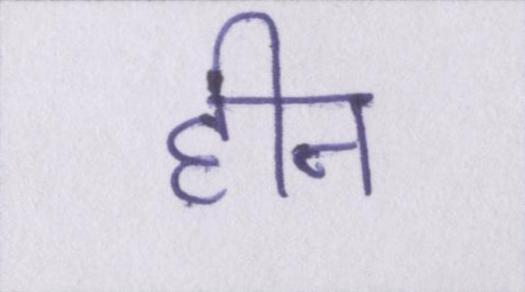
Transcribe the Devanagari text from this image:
हीन